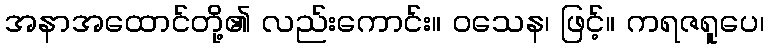
အနာအထောင်တို့၏ လည်းကောင်း။ ဝသေန၊ ဖြင့်။ ကရဇရူပေ၊